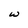
Character: w